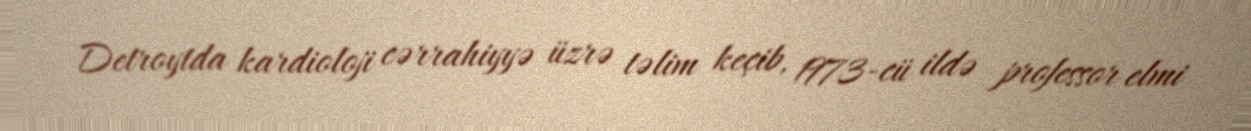
Detroytda kardioloji cərrahiyyə üzrə təlim keçib, 1973-cü ildə professor elmi